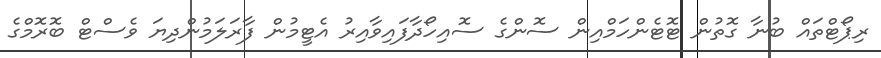
ރިޕޯޓްތައް ބުނާ ގޮތުން ޓޮޓެންހަމްއިން ސޮންގެ ސޮއިހޯދާފައިވާއިރު އެޓީމުން ފާރަލަމުންދިޔަ ވެސްޓް ބޮރޮމްގެ